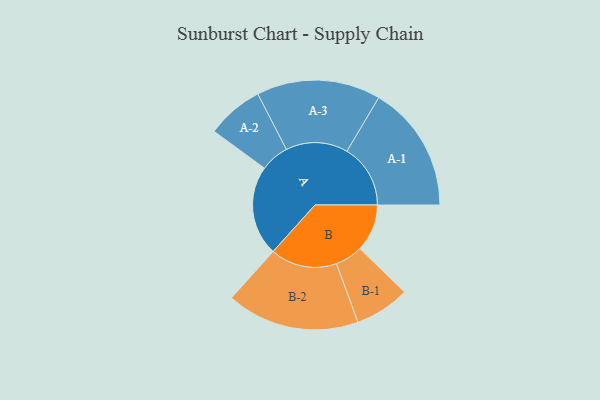
{"axis": {"x": "Segment", "y": "Value"}, "legend": ["", "A", "B"], "data": [{"x": "A", "y": 360, "type": ""}, {"x": "B", "y": 189, "type": ""}, {"x": "A-1", "y": 254, "type": "A"}, {"x": "A-2", "y": 114, "type": "A"}, {"x": "A-3", "y": 248, "type": "A"}, {"x": "B-1", "y": 110, "type": "B"}, {"x": "B-2", "y": 266, "type": "B"}]}